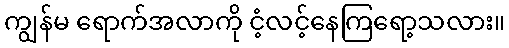
ကျွန်မ ရောက်အလာကို ငံ့လင့်နေကြရော့သလား။